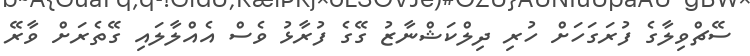
ސޭޗްވިލާގެ ފުރަގަހަށް ހުރި ދިލްކަޝްނާޒު ގޭގެ ފުރާޅު ވެސް އެއްލާލައި ގޭތެރަށް ވާރޭ